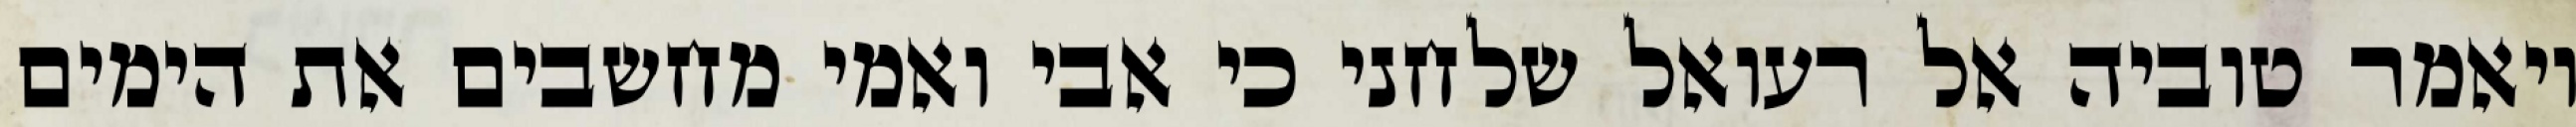
ויאמר טוביה אל רעואל שלחני כי אבי ואמי מחשבים את הימים